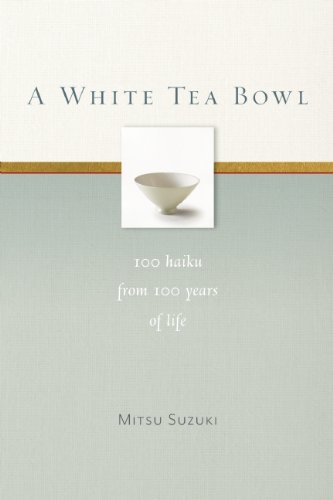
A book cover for A White Tea Bowl: 100 Haiku from 100 Years of Life; Mitsu Suzuki; Literature & Fiction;